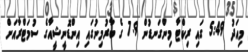
މިއަދު 5:49 ގައި ރިކްޓާ މިންގަނޑުން 7.9 ގެ ބާރުމިނުގައި އިންޑޮނީޝީއާގެ ސުމަޓްރާއަށް